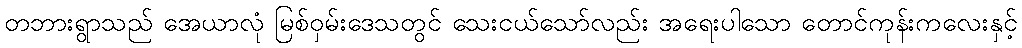
တဘားရွာသည် အေယာလုံ မြစ်ဝှမ်းဒေသတွင် သေးငယ်သော်လည်း အရေးပါသော တောင်ကုန်းကလေးနှင့်